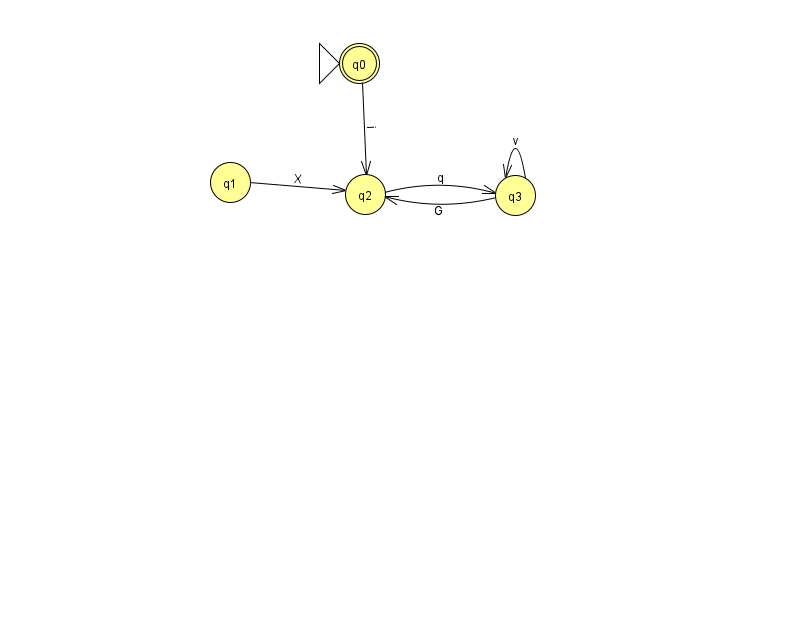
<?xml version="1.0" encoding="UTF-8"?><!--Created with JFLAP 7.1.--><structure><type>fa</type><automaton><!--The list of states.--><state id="0" name="q0"><x>359.0</x><y>50.0</y><initial/><final/></state><state id="1" name="q1"><x>230.0</x><y>169.0</y></state><state id="2" name="q2"><x>365.0</x><y>181.0</y></state><state id="3" name="q3"><x>515.0</x><y>182.0</y></state><!--The list of transitions.--><transition><from>3</from><to>2</to><read>G</read></transition><transition><from>2</from><to>3</to><read>q</read></transition><transition><from>3</from><to>3</to><read>v</read></transition><transition><from>0</from><to>2</to><read>i</read></transition><transition><from>1</from><to>2</to><read>X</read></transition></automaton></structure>